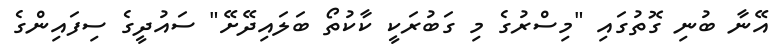
އޭނާ ބުނި ގޮތުގައި "މިސްރުގެ މި ގަބުރަކީ ކާކުތޯ ބަލައިދޭށޭ" ސައުދީގެ ސިފައިންގެ